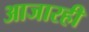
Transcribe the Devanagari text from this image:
आजारही